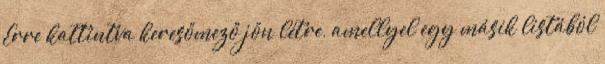
Erre kattintva keresőmező jön létre, amellyel egy másik listából